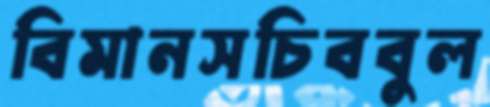
বিমানসচিববুল